Indian journal of veterinary science and animal husbandry - Volume 2,
Year: 1932
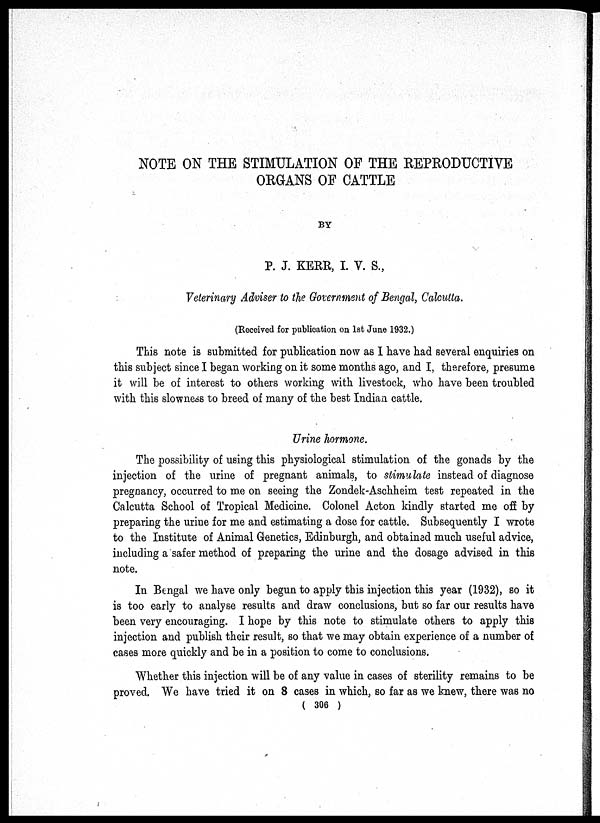
NOTE ON THE STIMULATION OF THE REPRODUCTIVE
ORGANS OF CATTLE
BY
P. J. KERR, I. V. S.,
Veterinary Adviser to the Government of Bengal, Calcutta.
(Received for publication on 1st June 1932.)
This note is submitted for publication now as I have had several enquiries on
this subject since I began working on it some months ago, and I, therefore, presume
it will be of interest to others working with livestock, who have been troubled
with this slowness to breed of many of the best Indian cattle.
Urine hormone.
The possibility of using this physiological stimulation of the gonads by the
injection of the urine of pregnant animals, to stimulate instead of diagnose
pregnancy, occurred to me on seeing the Zondek-Aschheim test repeated in the
Calcutta School of Tropical Medicine. Colonel Acton kindly started me off by
preparing the urine for me and estimating a dose for cattle. Subsequently I wrote
to the Institute of Animal Genetics, Edinburgh, and obtained much useful advice,
including a safer method of preparing the urine and the dosage advised in this
note.
In Bengal we have only begun to apply this injection this year (1932), so it
is too early to analyse results and draw conclusions, but so far our results have
been very encouraging. I hope by this note to stimulate others to apply this
injection and publish their result, so that we may obtain experience of a number of
cases more quickly and be in a position to come to conclusions.
Whether this injection will be of any value in cases of sterility remains to be
proved. We have tried it on 8 cases in which, so far as we knew, there was no
( 306 )